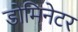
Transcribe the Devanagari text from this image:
डोमिनेटर